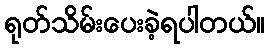
ရုတ်သိမ်းပေးခဲ့ရပါတယ်။